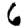
Digit: 6